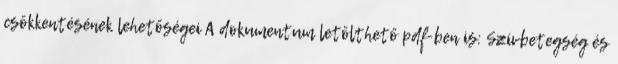
csökkentésének lehetőségei A dokumentum letölthető pdf-ben is: Szívbetegség és